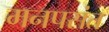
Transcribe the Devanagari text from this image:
मनपसंत